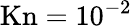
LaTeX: \mathrm{Kn}=10^{-2}